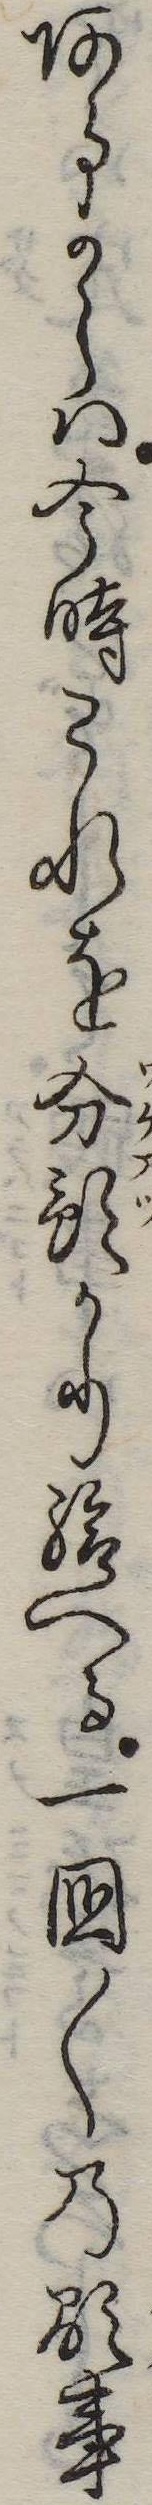
あるからは今時これを分預かり給へる一国〱の顕事